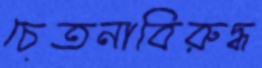
চেতনাবিরুদ্ধ